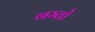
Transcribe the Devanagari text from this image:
नम्तो